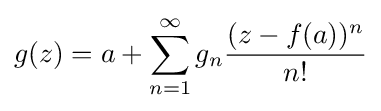
g(z)=a+\sum _{n=1}^{\infty }g_{n}{\frac {(z-f(a))^{n}}{n!}}